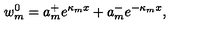
w _ { m } ^ { 0 } = a _ { m } ^ { + } e ^ { \kappa _ { m } x } + a _ { m } ^ { - } e ^ { - \kappa _ { m } x } ,